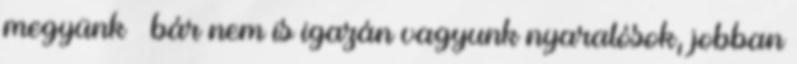
megyünk – bár nem is igazán vagyunk nyaralósok, jobban